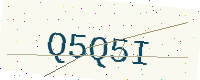
Text: Q5Q5I